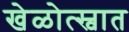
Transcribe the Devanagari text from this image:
खेळोत्स्वात